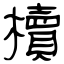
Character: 櫝